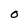
Character: O